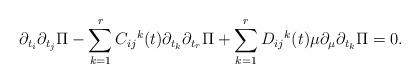
LaTeX: \begin{align*}\partial_{t_{i}}\partial_{t_{j}}\Pi-\sum_{k=1}^{r}{C_{ij}}^{k}(t)\partial_{t_{k}}\partial_{t_{r}}\Pi+\sum_{k=1}^{r}{D_{ij}}^{k}(t) \mu\partial_{\mu}\partial_{t_{k}}\Pi=0.\end{align*}